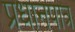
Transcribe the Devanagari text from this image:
प्रधानपात्र